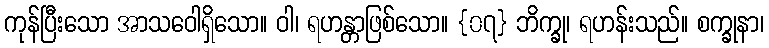
ကုန်ပြီးသော အာသဝေါရှိသော။ ဝါ၊ ရဟန္တာဖြစ်သော။ {၀၇} ဘိက္ခု၊ ရဟန်းသည်။ စက္ခုနာ၊